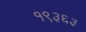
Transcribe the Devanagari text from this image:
१९३६३